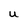
Character: U